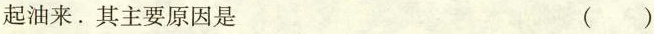
起油来。其主要原因是 ()